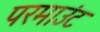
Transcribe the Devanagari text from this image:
परमाउंट